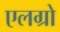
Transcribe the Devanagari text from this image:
एलग्रो